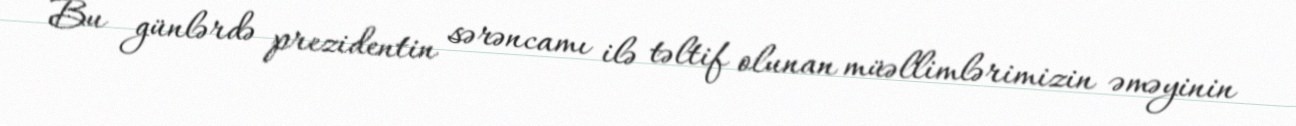
Bu günlərdə prezidentin sərəncamı ilə təltif olunan müəllimlərimizin əməyinin